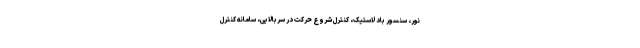
نور، سنسور باد لاستیک، کنترل شروع حرکت در سربالایی، سامانه کنترل